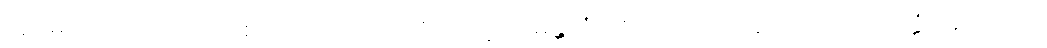
ဣမေအဋ္ဌပုဂ္ဂလာ၊ ဤရှစ်ယောက်သောပုဂ္ဂိုလ်တို့ကို။ မန္တိတံ၊ တိုင်ပင်အပ်သည်ရှိသော်။ အတ္ထံ၊ အကျိုးကို။